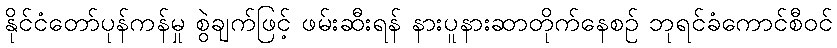
နိုင်ငံတော်ပုန်ကန်မှု စွဲချက်ဖြင့် ဖမ်းဆီးရန် နားပူနားဆာတိုက်နေစဉ် ဘုရင်ခံကောင်စီဝင်